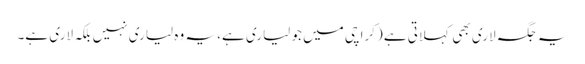
یہ جگہ لاری بھی کہلاتی ہے (کراچی میں جو لیاری ہے، یہ وہ لیاری نہیں بلکہ لاری ہے۔